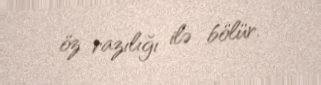
öz razılığı ilə bölür.